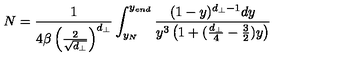
N = \frac { 1 } { 4 \beta \left( \frac { 2 } { \sqrt { d _ { \perp } } } \right) ^ { d _ { \perp } } } \int _ { y _ { N } } ^ { y _ { e n d } } \frac { ( 1 - y ) ^ { d _ { \perp } - 1 } d y } { y ^ { 3 } \left( 1 + ( \frac { d _ { \perp } } { 4 } - \frac { 3 } { 2 } ) y \right) }